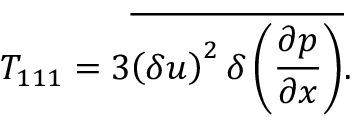
{ T _ { 1 1 1 } = 3 \overline { { \left( \delta u \right) ^ { 2 } \delta \left( \frac { \partial p } { \partial x } \right) } } } .